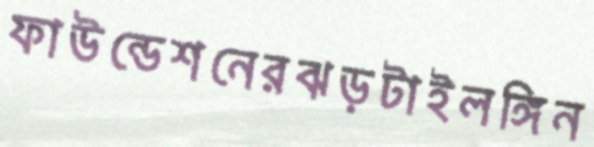
ফাউন্ডেশনেরঝড়টাইলঙ্গিন